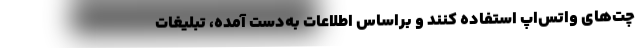
چت‌های واتس‌اپ استفاده کنند و براساس اطلاعات به‌دست آمده، تبلیغات